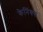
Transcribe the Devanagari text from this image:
केनिंक्स